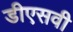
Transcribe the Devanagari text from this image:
डीएसवी